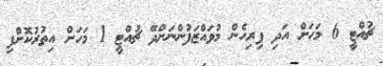
ޗުއްޓީ 6 މަހަށް އަދި ފިރިހެން މުވައްޒަފުންނަށްދޭ ޗުއްޓީ 1 މަހަށް އިތުރުކޮށްފި